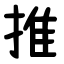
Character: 推